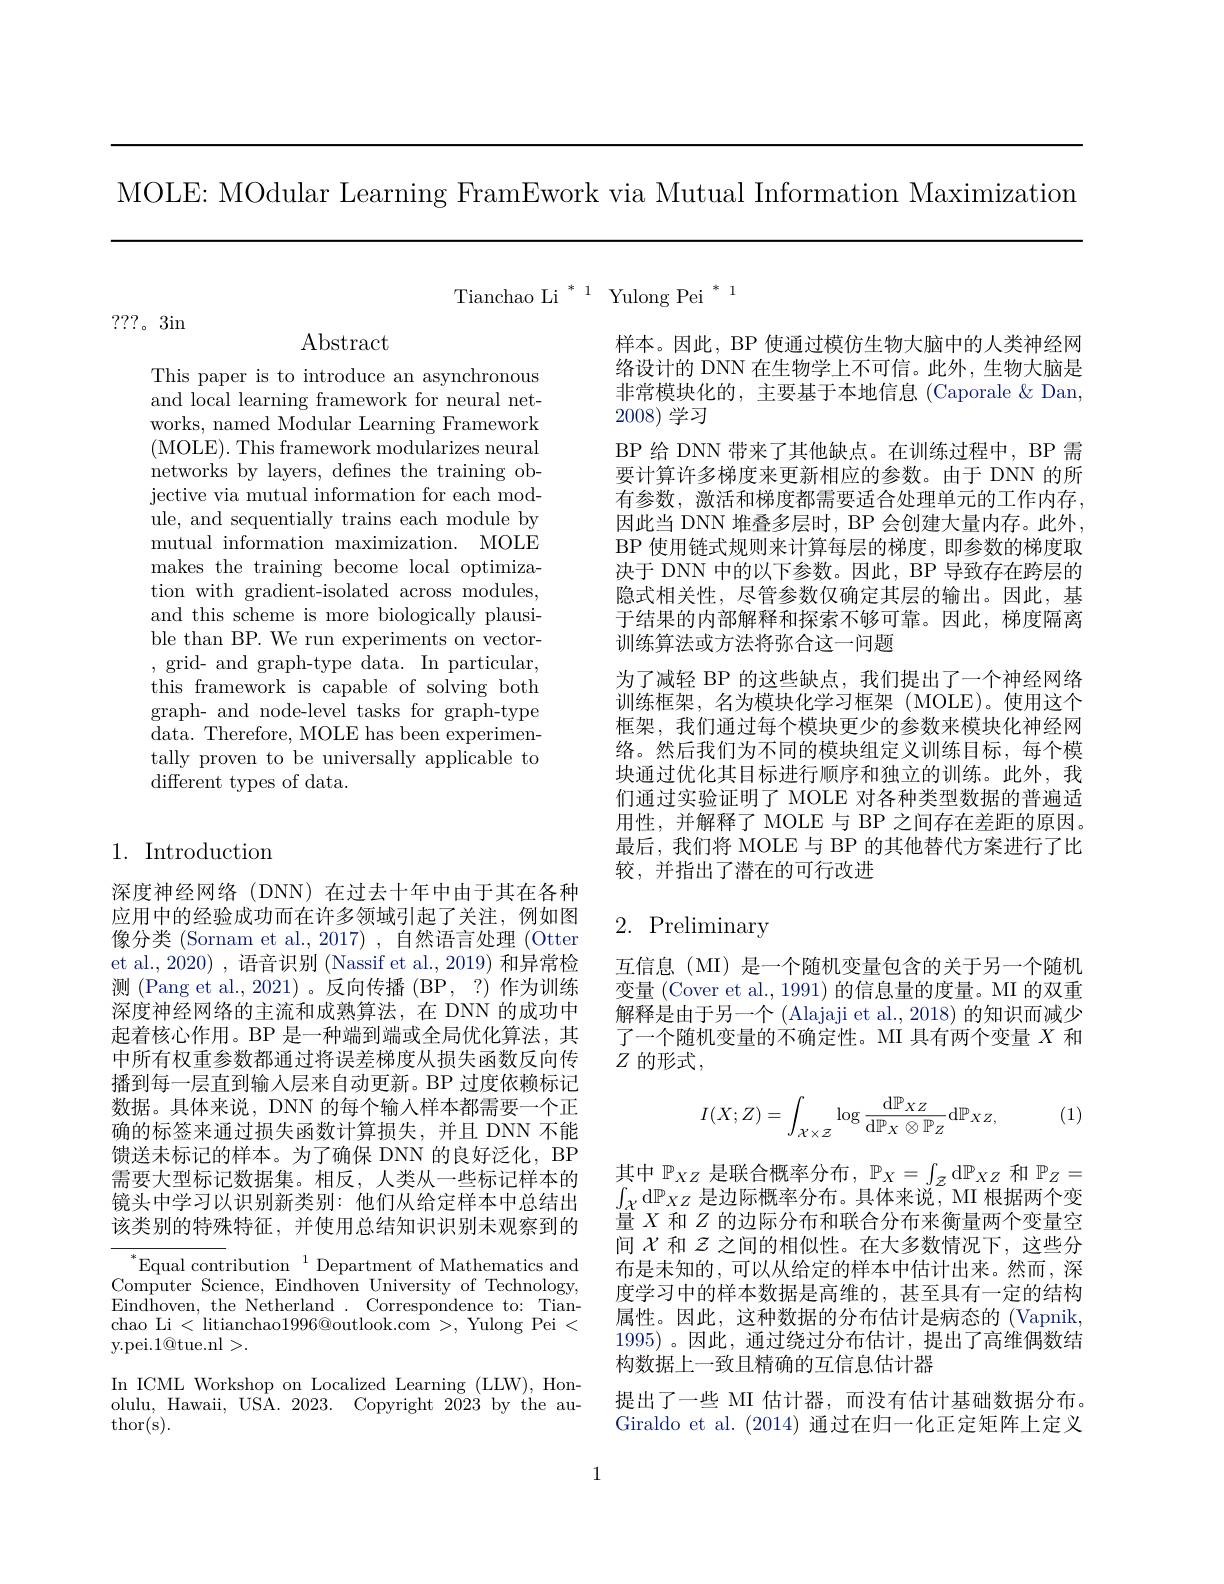
MOLE: MOdular Learning FramEwork via Mutual Information Maximization

Tianchao Li$^*^1$Yulong Pei$^*^1$

???。3in

$\operatorname{Abstract}$

This paper is to introduce an asynchronous and local learning framework for neural networks, named Modular Learning Framework (MOLE). This framework modularizes neural networks by layers, defines the training objective via mutual information for each module, and sequentially trains each module by mutual information maximization. MOLE makes the training become local optimization with gradient-isolated across modules, and this scheme is more biologically plausible than BP. We run experiments on vector- , grid- and graph-type data. In particular, this framework is capable of solving both graph- and node-level tasks for graph-type data. Therefore, MOLE has been experimentally proven to be universally applicable to different types of data.

# 1. Introduction

深度神经网络(DNN)在过去十年中由于其在各种应用中的经验成功而在许多领域引起了关注，例如图像分类 (Sornam et al.,2017) ,自然语言处理 (Otter et al., 2020) , 语音识别 (Nassif et al., 2019) 和异常检测 (Pang et al., 2021)。反向传播 (BP, ?) 作为训练深度神经网络的主流和成熟算法，在 DNN 的成功中起着核心作用。BP 是一种端到端或全局优化算法，其中所有权重参数都通过将误差梯度从损失函数反向传播到每一层直到输入层来自动更新。BP 过度依赖标记数据。具体来说，DNN 的每个输入样本都需要一个正确的标签来通过损失函数计算损失，并且 DNN 不能馈送未标记的样本。为了确保 DNN 的良好泛化，BP 需要大型标记数据集。相反，人类从一些标记样本的镜头中学习以识别新类别：他们从给定样本中总结出该类别的特殊特征，并使用总结知识识别未观察到的

$^*$Equal contribution$^1$Department of Mathematics and Computer Science, Eindhoven University of Technology, Eindhoven, the Netherland . Correspondence to: Tian- chao Li <litianchao$1996@$outlook.com >,Yulong Pei < y.pei.1@tue.nl>.

In ICML Workshop on Localized Learning (LLW), Honolulu, Hawaii, USA. 2023. Copyright 2023 by the author( s) .

样本。因此，BP 使通过模仿生物大脑中的人类神经网络设计的 DNN 在生物学上不可信。此外，生物大脑是非常模块化的，主要基于本地信息(Caporale&Dan, 2008)学习
BP 给 DNN 带来了其他缺点。在训练过程中，BP 需要计算许多梯度来更新相应的参数。由于 DNN 的所有参数，激活和梯度都需要适合处理单元的工作内存， 因此当 DNN 堆叠多层时，BP 会创建大量内存。此外， BP 使用链式规则来计算每层的梯度，即参数的梯度取决于 DNN 中的以下参数。因此，BP 导致存在跨层的隐式相关性，尽管参数仅确定其层的输出。因此，基于结果的内部解释和探索不够可靠。因此，梯度隔离训练算法或方法将弥合这一问题
为了减轻 BP 的这些缺点，我们提出了一个神经网络训练框架，名为模块化学习框架(MOLE)。使用这个框架，我们通过每个模块更少的参数来模块化神经网络。然后我们为不同的模块组定义训练目标，每个模块通过优化其目标进行顺序和独立的训练。此外，我们通过实验证明了 MOLE 对各种类型数据的普遍适用性，并解释了 MOLE 与 BP 之间存在差距的原因。最后，我们将 MOLE 与 BP 的其他替代方案进行了比较，并指出了潜在的可行改进

# 2. Preliminary

互信息(MI) 是一个随机变量包含的关于另一个随机变量 (Cover et al., 1991) 的信息量的度量。MI 的双重解释是由于另一个 (Alajaji et al., 2018) 的知识而减少了一个随机变量的不确定性。MI 具有两个变量$X$和$Z$ 的形式，

(1)
$$I(X;Z)=\int_{\mathcal{X}\times\mathcal{Z}}\log\frac{\mathrm{d}\mathbb{P}_{XZ}}{\mathrm{d}\mathbb{P}_{X}\otimes\mathbb{P}_{Z}}\mathrm{d}\mathbb{P}_{XZ,}$$
其中$\mathbb{P}_XZ$是联合概率分布$,\mathbb{P}_X=\int_\mathcal{Z}$d$\mathbb{P}_XZ$和$\mathbb{P}_Z=$ $\int_{\mathcal{X}}$d$\mathbb{P}_XZ$是边际概率分布。具体来说，MI 根据两个变量$X$和$Z$的边际分布和联合分布来衡量两个变量空间$\chi$和$z$之间的相似性。在大多数情况下，这些分布是未知的，可以从给定的样本中估计出来。然而，深度学习中的样本数据是高维的，甚至具有一定的结构属性。因此，这种数据的分布估计是病态的 (Vapnik, 1995)。因此，通过绕过分布估计，提出了高维偶数结构数据上一致且精确的互信息估计器
提出了一些 MI 估计器，而没有估计基础数据分布。Giraldo et al. (2014)通过在归一化正定矩阵上定义

1